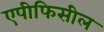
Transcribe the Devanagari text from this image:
एपीफिसील